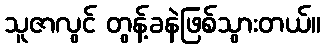
သူဇာလွင် တွန့်ခနဲဖြစ်သွားတယ်။